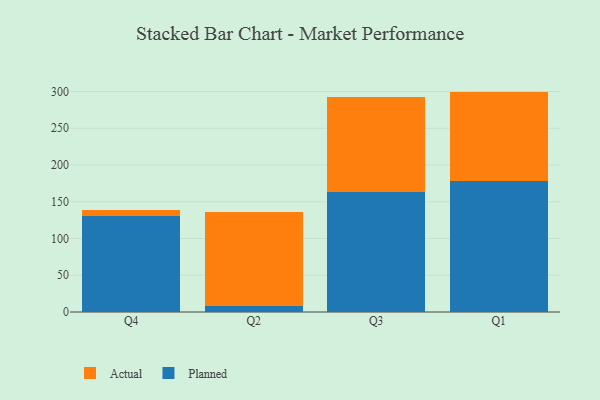
{"axis": {"x": "Quarter", "y": "Satisfaction Score"}, "legend": ["Actual", "Planned"], "data": [{"x": "Q4", "y": 131.3, "type": "Planned"}, {"x": "Q4", "y": 7.5, "type": "Actual"}, {"x": "Q2", "y": 7.8, "type": "Planned"}, {"x": "Q2", "y": 128.6, "type": "Actual"}, {"x": "Q3", "y": 162.7, "type": "Planned"}, {"x": "Q3", "y": 130.2, "type": "Actual"}, {"x": "Q1", "y": 178.5, "type": "Planned"}, {"x": "Q1", "y": 121.4, "type": "Actual"}]}